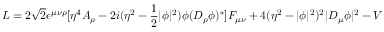
{ \cal L } = 2 \sqrt { 2 } \epsilon ^ { \mu \nu \rho } [ \eta ^ { 4 } A _ { \rho } - 2 i ( \eta ^ { 2 } - \frac { 1 } { 2 } \vert \phi \vert ^ { 2 } ) \phi ( D _ { \rho } \phi ) ^ { * } ] F _ { \mu \nu } + 4 ( \eta ^ { 2 } - \vert \phi \vert ^ { 2 } ) ^ { 2 } \vert D _ { \mu } \phi \vert ^ { 2 } - V